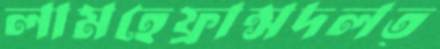
লামহেফ্রান্সদলত্